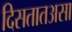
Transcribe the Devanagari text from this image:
दिसतातअसा